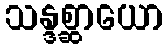
သန္ဒစ္ဆာယော